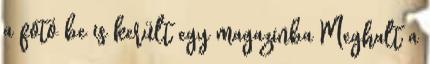
a fotó be is került egy magazinba Meghalt a